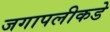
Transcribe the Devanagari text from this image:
जगापलीकडे